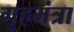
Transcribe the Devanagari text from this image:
गृहमंत्रा